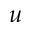
u